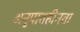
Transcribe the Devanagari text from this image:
अनुपातहीनता